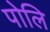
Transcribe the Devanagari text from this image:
पोलि